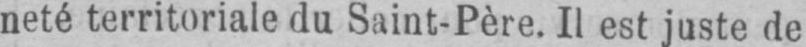
neté territoriale du Saint-Père. Il est juste de